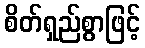
စိတ်ရှည်စွာဖြင့်